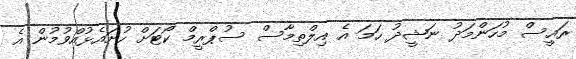
ރައީސް މުހަންމަދު ނަޝީދު ހަމަ އެ އިލްތިމާސް ސުޕްރީމް ކޯޓަށް ހުށައެޅުއްވުމުން އެ